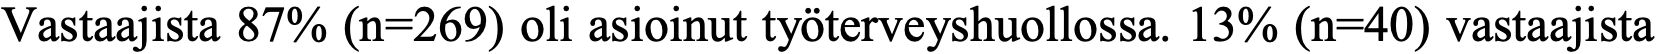
Vastaajista 87% (n=269) oli asioinut työterveyshuollossa. 13% (n=40) vastaajista